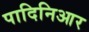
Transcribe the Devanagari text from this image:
पादिनिआर